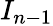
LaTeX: I_{n-1}